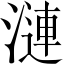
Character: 漣